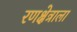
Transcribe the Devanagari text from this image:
रणक्षेत्राला